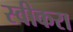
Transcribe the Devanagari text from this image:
स्वीकरा